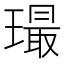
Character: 𤩛